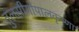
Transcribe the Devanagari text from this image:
तुलसीगोपालकृष्‍णा